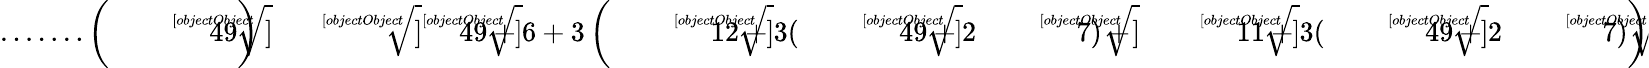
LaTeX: {\mathrm{.......}}\left({\sqrt[[objectObject]]{49}}\right){\sqrt[[objectObject]]{{\sqrt[[objectObject]]{49}}+6+3\left({\sqrt[[objectObject]]{12+3({\sqrt[[objectObject]]{49}}+2{\sqrt[[objectObject]]{7}})}}+{\sqrt[[objectObject]]{11+3({\sqrt[[objectObject]]{49}}+2{\sqrt[[objectObject]]{7}})}}\right)}}